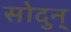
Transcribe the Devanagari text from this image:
सोदुन्